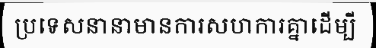
ប្រទេសនានាមានការសហការគ្នាដើម្បី